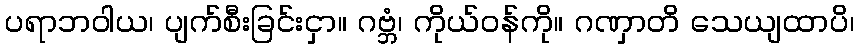
ပရာဘဝါယ၊ ပျက်စီးခြင်းငှာ။ ဂဗ္ဘံ၊ ကိုယ်ဝန်ကို။ ဂဏှာတိ သေယျထာပိ၊